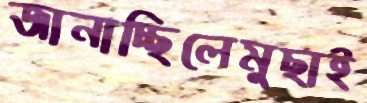
জানাচ্ছিলেমুছাই